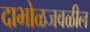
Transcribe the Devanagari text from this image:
दाभोळजवळील